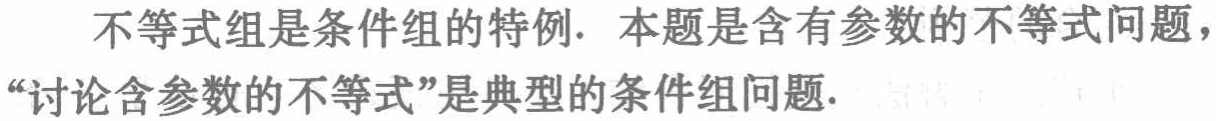
不等式组是条件组的特例. 本题是含有参数的不等式问题，“讨论含参数的不等式”是典型的条件组问题.